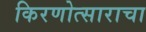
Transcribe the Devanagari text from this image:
किरणोत्साराचा